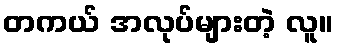
တကယ် အလုပ်များတဲ့ လူ။